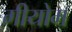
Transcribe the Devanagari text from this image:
गीयोम